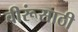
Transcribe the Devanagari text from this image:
वीरूंसाठी